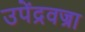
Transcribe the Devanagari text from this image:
उपेंद्रवज्रा